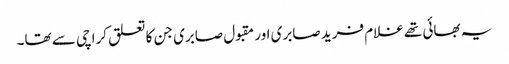
یہ بھائی تھے غلام فرید صابری اور مقبول صابری جن کا تعلق کراچی سے تھا۔